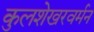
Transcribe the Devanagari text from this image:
कुलशेखरवर्मन